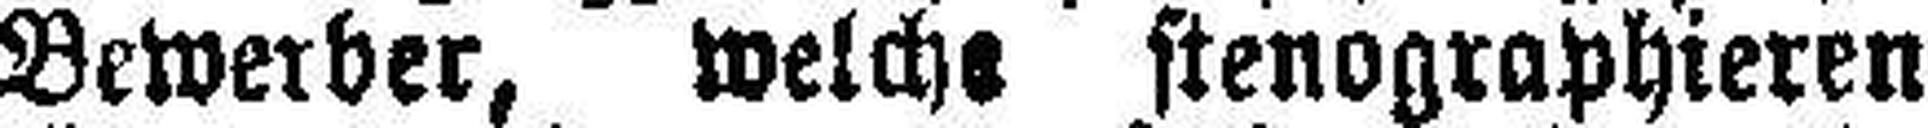
Bewerber, welche stenographieren